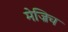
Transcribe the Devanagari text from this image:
मेज्रिच